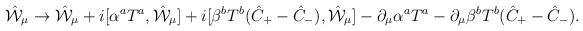
LaTeX: \begin{align*}\hat{\cal W}_{\mu} \to \hat{\cal W}_{\mu}+ i [\alpha^a T^a, \hat{\cal W}_{\mu}]+ i [\beta^b T^b (\hat{C}_+ - \hat{C}_-), \hat{\cal W}_{\mu}]- \partial_{\mu}\alpha^a T^a- \partial_{\mu}\beta^b T^b (\hat{C}_+ - \hat{C}_-).\end{align*}